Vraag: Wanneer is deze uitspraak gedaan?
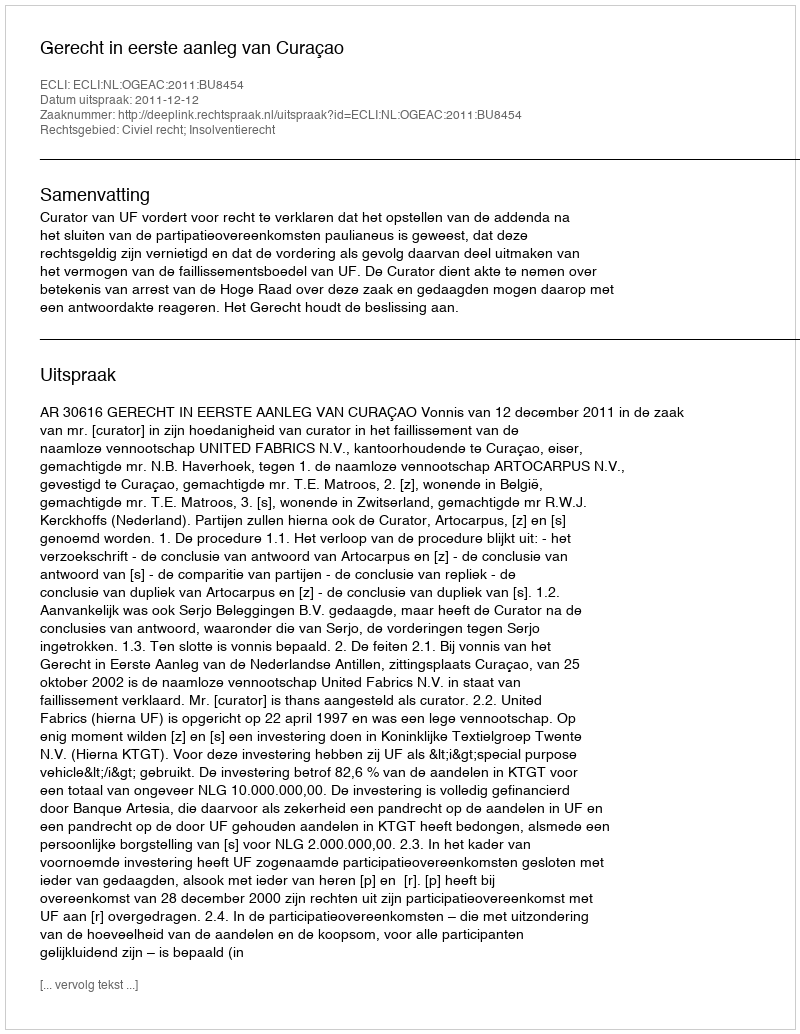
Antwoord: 2011-12-12